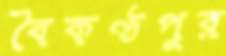
বৈকণ্ঠপুর